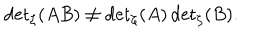
{ \det } _ { \zeta } ( A B ) \neq { \det } _ { \zeta } ( A ) \, { \det } _ { \zeta } ( B ) .